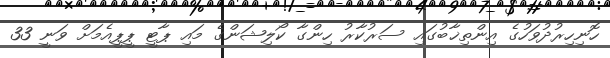
ހޮނިހިރުދުވަހުގެ އިންތިޚާބުގައި ސަރުކާރު ހިންގާ ކޯލިޝަންގެ މައި ޕާޓީ ޕީޕީއެމަށް ވަނީ 33